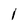
Character: I